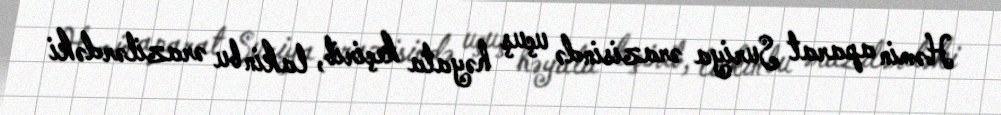
Həmin aparat Suriya ərazisində uçuş həyata keçirib, lakin bu ərazilərdəki